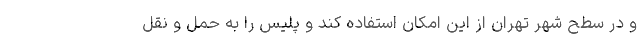
و در سطح شهر تهران از این امکان استفاده کند و پلیس را به حمل و نقل